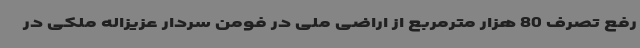
رفع تصرف 80 هزار مترمربع از اراضی ملی در فومن سردار عزیزاله ملکی در